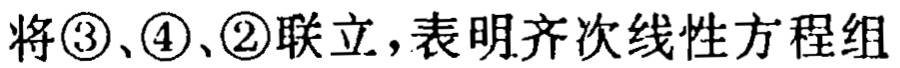
将\textcircled{3}、\textcircled{4}、\textcircled{2}联立，表明齐次线性方程组